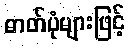
ဓာတ်ပုံများဖြင့်